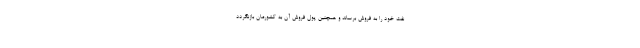
نفت خود را به فروش برساند و همچنین پول فروش آن به کشورمان بازنگردد